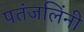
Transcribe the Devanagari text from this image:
पतंजलिंनी